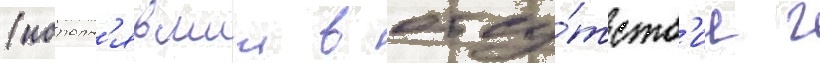
(исполн'явшии в отсу́тств'ие г